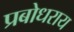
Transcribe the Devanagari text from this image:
प्रबोधराय